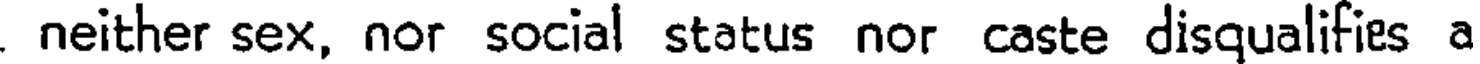
neither sex, nor social status nor caste disqualifies a